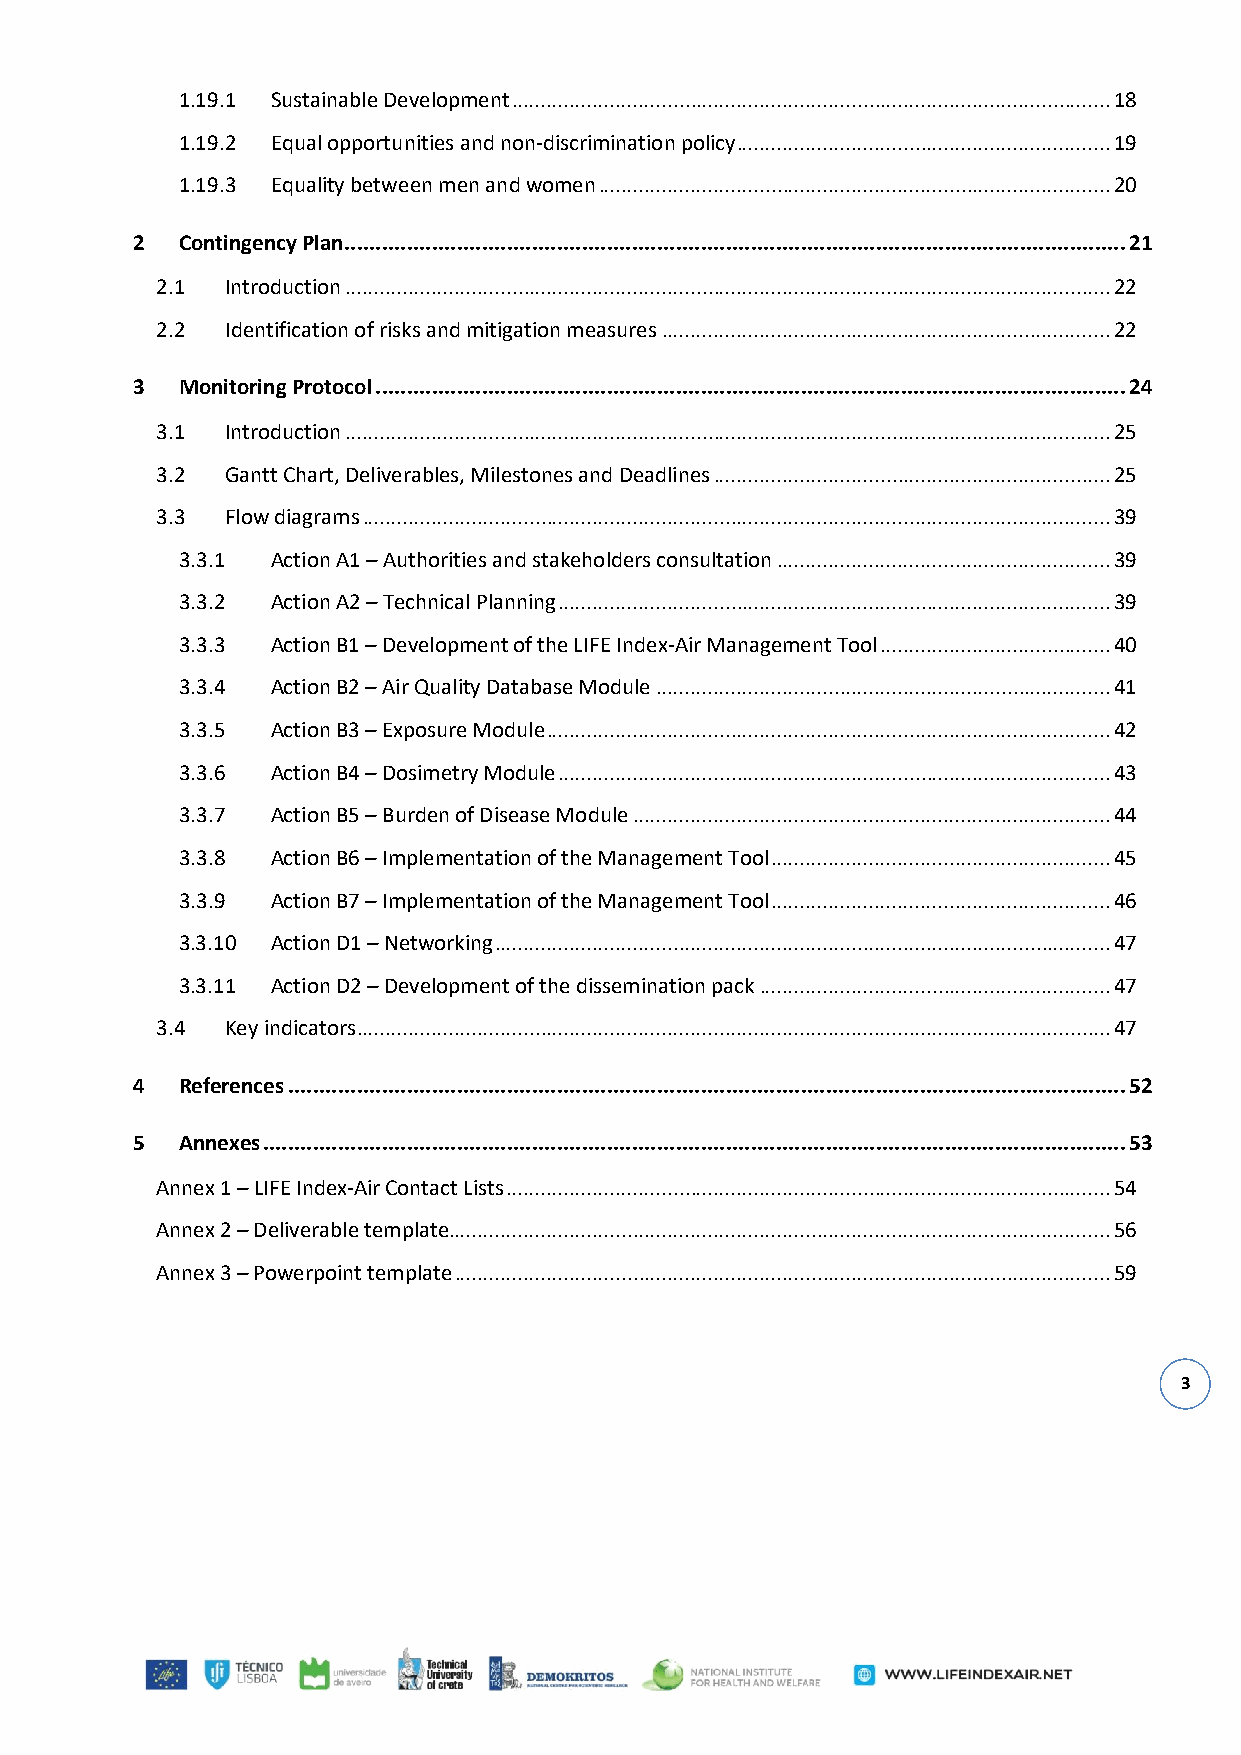
1.19.1 Sustainable Development ........................................................................................................ 18
 1.19.2 Equal opportunities and non-discrimination policy ................................................................. 19
 1.19.3 Equality between men and women ......................................................................................... 20
 2  Contingency Plan ............................................................................................................................. 21
 2.1  Introduction ..................................................................................................................................... 22
 2.2  Identification of risks and mitigation measures .............................................................................. 22
 3  Monitoring Protocol ........................................................................................................................ 24
 3.1  Introduction ..................................................................................................................................... 25
 3.2  Gantt Chart, Deliverables, Milestones and Deadlines ..................................................................... 25
 3.3  Flow diagrams .................................................................................................................................. 39
 3.3.1 Action A1 – Authorities and stakeholders consultation .......................................................... 39
 3.3.2 Action A2 – Technical Planning ................................................................................................ 39
 3.3.3 Action B1 – Development of the LIFE Index-Air Management Tool ........................................ 40
 3.3.4 Action B2 – Air Quality Database Module ............................................................................... 41
 3.3.5 Action B3 – Exposure Module .................................................................................................. 42
 3.3.6 Action B4 – Dosimetry Module ................................................................................................ 43
 3.3.7 Action B5 – Burden of Disease Module ................................................................................... 44
 3.3.8 Action B6 – Implementation of the Management Tool ........................................................... 45
 3.3.9 Action B7 – Implementation of the Management Tool ........................................................... 46
 3.3.10 Action D1 – Networking ........................................................................................................... 47
 3.3.11 Action D2 – Development of the dissemination pack ............................................................. 47
 3.4  Key indicators ................................................................................................................................... 47
 4  References ...................................................................................................................................... 52
 5  Annexes .......................................................................................................................................... 53
 Annex 1 – LIFE Index-Air Contact Lists ......................................................................................................... 54
 Annex 2 – Deliverable template................................................................................................................... 56
 Annex 3 – Powerpoint template .................................................................................................................. 59
 3